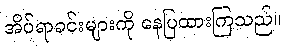
အိပ်ရာခင်းများကို နေပြထားကြသည်။